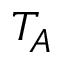
T _ { A }